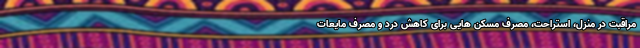
مراقبت در منزل، استراحت، مصرف مسکن هایی برای کاهش درد و مصرف مایعات